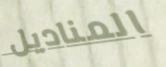
المناديل